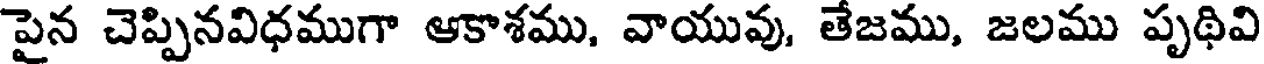
పైన చెప్పినవిధముగా ఆకాశము, వాయువు, తేజము, జలము పృథివి